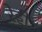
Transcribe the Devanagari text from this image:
रे़ड्डी